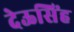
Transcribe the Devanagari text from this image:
देऊसिंह